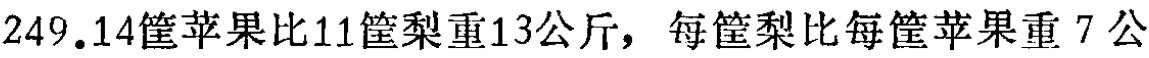
249.14筐苹果比11筐梨重13公斤，每筐梨比每筐苹果重7公